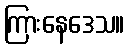
ကြားနေဒေသ။